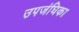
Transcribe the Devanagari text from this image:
उपजंघिका